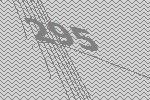
295